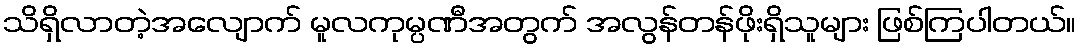
သိရှိလာတဲ့အလျောက် မူလကုမ္ပဏီအတွက် အလွန်တန်ဖိုးရှိသူများ ဖြစ်ကြပါတယ်။